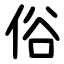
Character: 俗